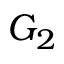
G _ { 2 }